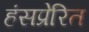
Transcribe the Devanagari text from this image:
हंसप्रेरित